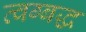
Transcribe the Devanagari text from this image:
त्वग्बद्ध